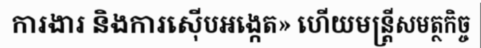
ការងារ និងការស៊ើបអង្កេត» ហើយមន្ត្រីសមត្ថកិច្ច